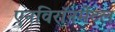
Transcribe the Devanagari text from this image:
एनविरॉनमेंटल